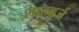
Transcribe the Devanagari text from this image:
शाहबुर्ज